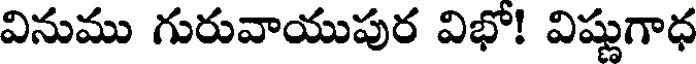
వినుము గురువాయుపుర విభో! విష్ణుగాధ